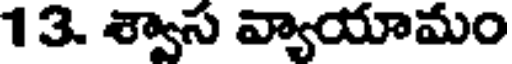
13. శ్వాస వ్యాయామం